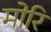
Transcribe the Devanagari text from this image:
मोरि